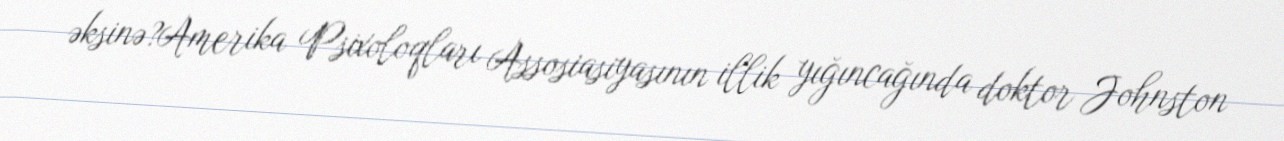
əksinə?Amerika Psixoloqları Assosiasiyasının illik yığıncağında doktor Johnston